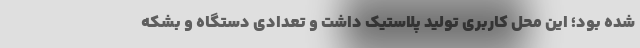
شده بود؛ این محل کاربری تولید پلاستیک داشت و تعدادی دستگاه و بشکه